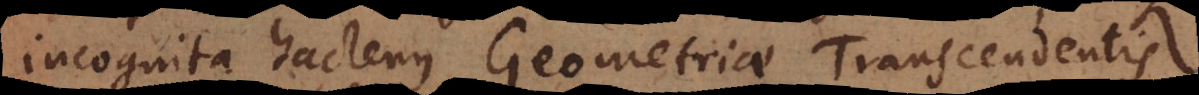
incognita hactenus Geometriae Transcendentis